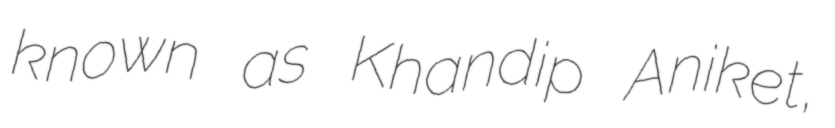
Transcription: known as Khandip Aniket,